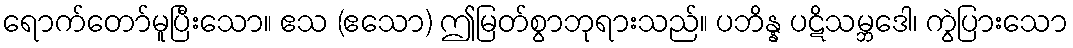
ရောက်တော်မူပြီးသော။ ဧသ (ဧသော) ဤမြတ်စွာဘုရားသည်။ ပဘိန္န ပဋိသမ္ဘဒေါ၊ ကွဲပြားသော